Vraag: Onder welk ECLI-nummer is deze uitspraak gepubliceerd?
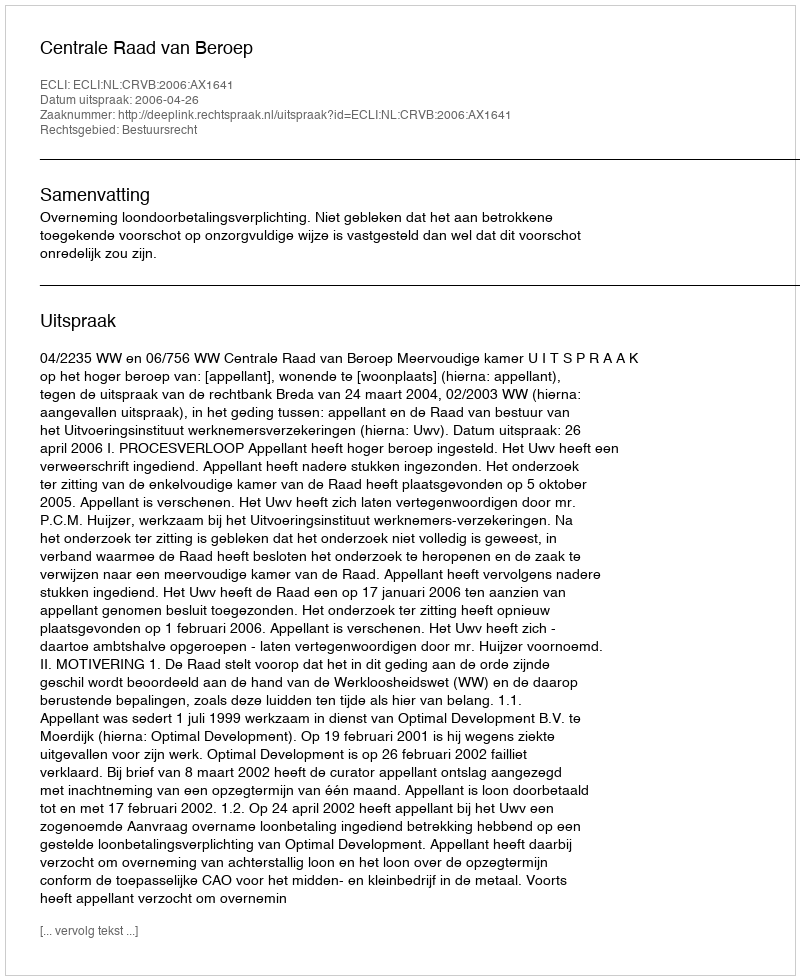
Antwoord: ECLI:NL:CRVB:2006:AX1641